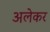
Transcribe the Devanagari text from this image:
अलेकर